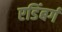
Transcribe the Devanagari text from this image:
एडिंबर्ग